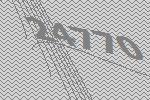
24770